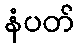
နံပတ်